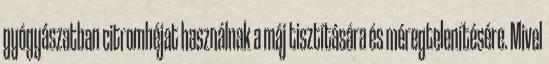
gyógyászatban citromhéjat használnak a máj tisztítására és méregtelenítésére. Mivel